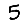
Digit: 5